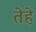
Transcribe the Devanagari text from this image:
तेहे